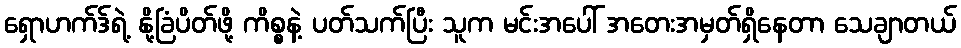
ရှောဟက်ဒ်ရဲ့ နို့ခြံပိတ်ဖို့ ကိစ္စနဲ့ ပတ်သက်ပြီး သူက မင်းအပေါ် အတေးအမှတ်ရှိနေတာ သေချာတယ်